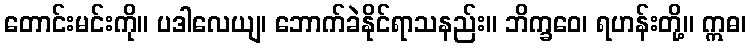
တောင်းမင်းကို။ ပဒါလေယျ၊ ဘောက်ခဲနိုင်ရာသနည်း။ ဘိက္ခဝေ၊ ရဟန်းတို့။ ဣဓ၊